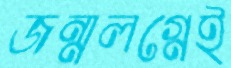
জন্মলগ্নেই